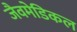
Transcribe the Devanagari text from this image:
जैवमेडिकल